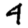
Digit: 4